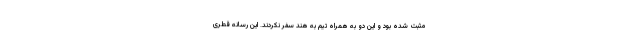
مثبت شده بود و این دو به همراه تیم به هند سفر نکردند. این رسانه قطری